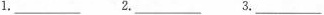
1.___2.____3.___